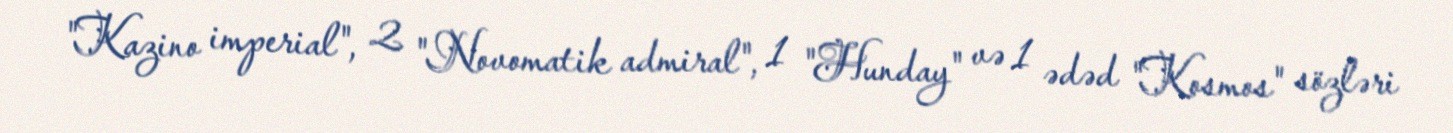
"Kazino imperial", 2 "Novomatik admiral", 1 "Hunday" və 1 ədəd "Kosmos" sözləri